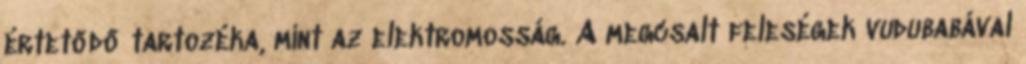
értetődő tartozéka, mint az elektromosság. A megcsalt feleségek vudubabával